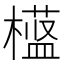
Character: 𬄱